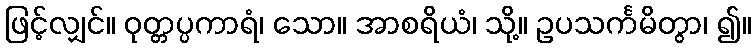
ဖြင့်လျှင်။ ဝုတ္တပ္ပကာရံ၊ သော။ အာစရိယံ၊ သို့။ ဥပသင်္ကမိတွာ၊ ၍။